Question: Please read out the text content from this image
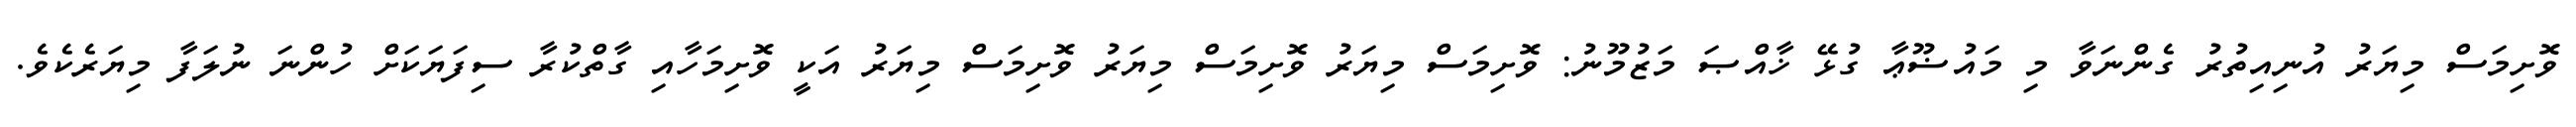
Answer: ވޮށިމަސް މިޔަރު އުނިއިތުރު ގެންނަވާ މި މައުޟޫޢާ ގުޅޭ ޚާއްޞަ މަޒުމޫނު: ވޮށިމަސް މިޔަރު ވޮށިމަސް މިޔަރު ވޮށިމަސް މިޔަރު އަކީ ވޮށިމަހާއި ގާތްކުރާ ސިފަޔަކަށް ހުންނަ ނުލަފާ މިޔަރެކެވެ.